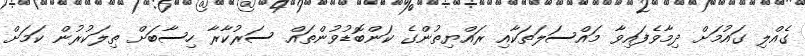
ގެއްލި ގައުމަށް ދިމާވެފައިވާ މައްސަލަތަކާއި ރައްޔިތުންގެ ކަންބޮޑުވުންތައް ސަރުކާރާ ހިސާބަށް ތިލަކުރުން ކަމަށް